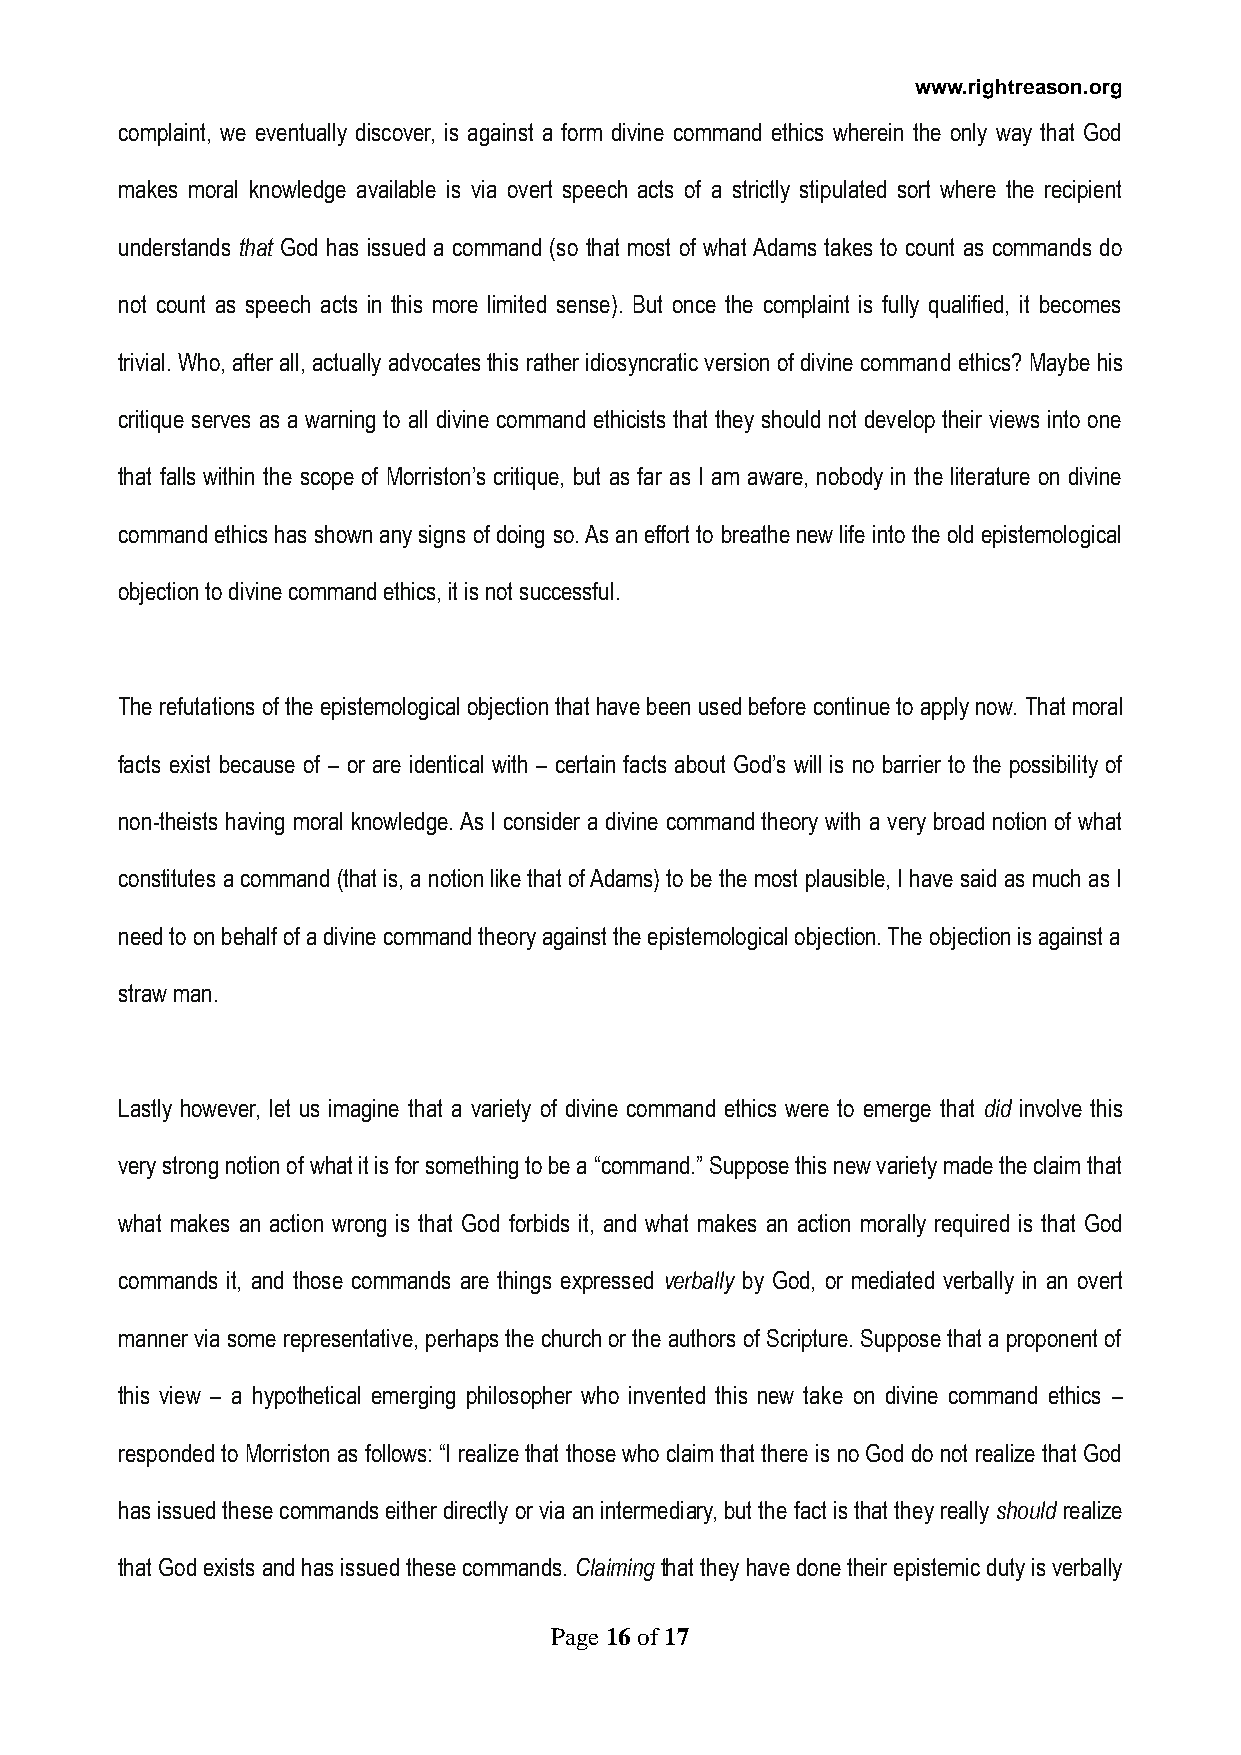
www.rightreason.org
 complaint, we eventually discover, is against a form divine command ethics wherein the only way that God
 makes moral knowledge available is via overt speech acts of a strictly stipulated sort where the recipient
 understands that God has issued a command (so that most of what Adams takes to count as commands do
 not count as speech acts in this more limited sense). But once the complaint is fully qualified, it becomes
 trivial. Who, after all, actually advocates this rather idiosyncratic version of divine command ethics? Maybe his
 critique serves as a warning to all divine command ethicists that they should not develop their views into one
 that falls within the scope of Morriston’s critique, but as far as I am aware, nobody in the literature on divine
 command ethics has shown any signs of doing so. As an effort to breathe new life into the old epistemological
 objection to divine command ethics, it is not successful.
 The refutations of the epistemological objection that have been used before continue to apply now. That moral
 facts exist because of – or are identical with – certain facts about God’s will is no barrier to the possibility of
 non-theists having moral knowledge. As I consider a divine command theory with a very broad notion of what
 constitutes a command (that is, a notion like that of Adams) to be the most plausible, I have said as much as I
 need to on behalf of a divine command theory against the epistemological objection. The objection is against a
 straw man.
 Lastly however, let us imagine that a variety of divine command ethics were to emerge that did involve this
 very strong notion of what it is for something to be a “command.” Suppose this new variety made the claim that
 what makes an action wrong is that God forbids it, and what makes an action morally required is that God
 commands it, and those commands are things expressed verbally by God, or mediated verbally in an overt
 manner via some representative, perhaps the church or the authors of Scripture. Suppose that a proponent of
 this view – a hypothetical emerging philosopher who invented this new take on divine command ethics –
 responded to Morriston as follows: “I realize that those who claim that there is no God do not realize that God
 has issued these commands either directly or via an intermediary, but the fact is that they really should realize
 that God exists and has issued these commands. Claiming that they have done their epistemic duty is verbally
 Page 16 of 17